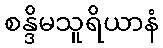
စန္ဒိမသူရိယာနံ